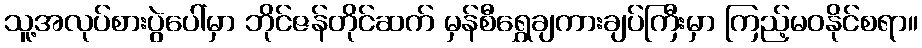
သူ့အလုပ်စားပွဲပေါ်မှာ ဘိုင်ဇန်တိုင်ဆက် မှန်စီရွှေချကားချပ်ကြီးမှာ ကြည့်မဝနိုင်စရာ။